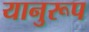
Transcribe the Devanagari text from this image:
यानुरूप